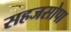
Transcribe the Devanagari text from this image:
सहजसोपा